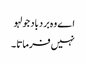
اے وہ بردباد جو لہو
نہیں فرماتا ۔